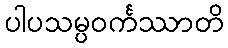
ပါပသမ္ပဝင်္ကဿာတိ